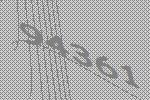
94361